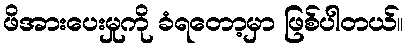
ဖိအားပေးမှုကို ခံရတော့မှာ ဖြစ်ပါတယ်။